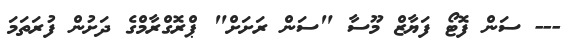
--- ސަން ފޮޓޯ ފަޔާޒް މޫސާ "ސަން ރަށަށް" ޕްރޮގްރާމްގެ ދަށުން ފުރަތަމަ